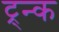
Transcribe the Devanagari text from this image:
ट्र्न्क